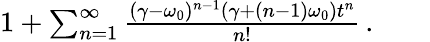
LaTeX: \begin{array}{r}{1+\sum_{n=1}^{\infty}\frac{(\gamma-\omega_{0})^{n-1}(\gamma+(n-1)\omega_{0})t^{n}}{n!}\, .\qquad}\end{array}